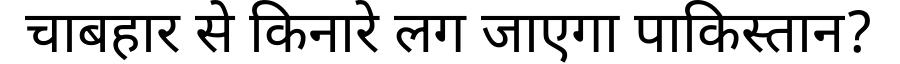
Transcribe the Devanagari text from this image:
चाबहार से किनारे लग जाएगा पाकिस्तान?